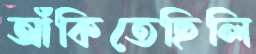
আঁকিতেছিলি